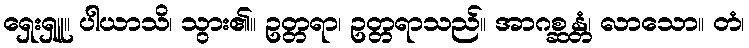
ရှေးရှူ။ ပါယာသိ၊ သွား၏။ ဥတ္တရာ၊ ဥတ္တရာသည်။ အာဂစ္ဆန္တံ၊ လာသော။ တံ၊